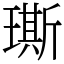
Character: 𤩐